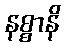
နစ္စာနိ